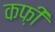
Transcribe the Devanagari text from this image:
कफ़ी